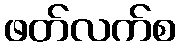
ဖတ်လက်စ